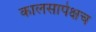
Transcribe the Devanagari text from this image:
कालसापेक्षच